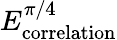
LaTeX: E_{\mathrm{correlation}}^{\pi/4}